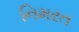
નિમરત